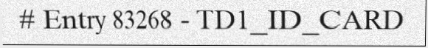
# Entry 83268 - TD1_ID_CARD